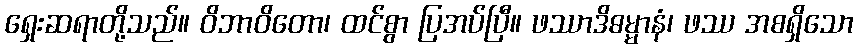
ရှေးဆရာတို့သည်။ ဝိဘာဝိတော၊ ထင်စွာ ပြအပ်ပြီ။ ဖဿာဒိဓမ္မာနံ၊ ဖဿ အစရှိသော